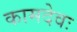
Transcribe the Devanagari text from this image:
कामदेवः